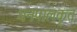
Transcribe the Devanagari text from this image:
धनपालकृत